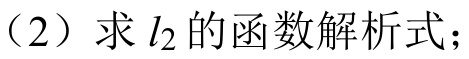
（2）求 \(l_{2}\) 的函数解析式；